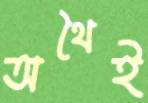
অথৈই